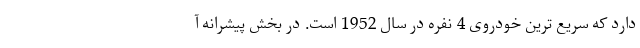
دارد که سریع ترین خودروی 4 نفره در سال 1952 است. در بخش پیشرانه آ